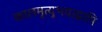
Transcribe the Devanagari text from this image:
कालमृत्युभयाद्वापि